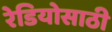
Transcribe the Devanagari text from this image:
रेडियोसाठी